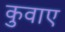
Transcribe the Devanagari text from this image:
कुवाए